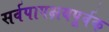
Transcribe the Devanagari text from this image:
सर्वपापक्षयपूर्वक